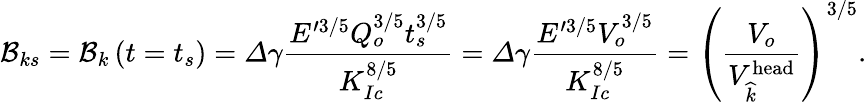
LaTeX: \mathcal{B}_{ks}=\mathcal{B}_{k}\left(t=t_{s}\right)=\varDelta\gamma\frac{E^{\prime 3/5}Q_{o}^{3/5}t_{s}^{3/5}}{K_{Ic}^{8/5}}=\varDelta\gamma\frac{E^{\prime 3/5}V_{o}^{3/5}}{K_{Ic}^{8/5}}=\left(\frac{V_{o}}{V_{\widehat{k}}^{\textrm{head}}}\right)^{3/5}.